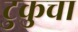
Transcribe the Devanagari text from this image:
टुकुचा